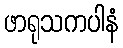
ဖာရုသကပါနံ